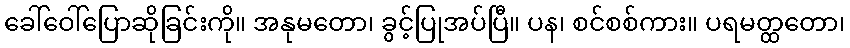
ခေါ်ဝေါ်ပြောဆိုခြင်းကို။ အနုမတော၊ ခွင့်ပြုအပ်ပြီ။ ပန၊ စင်စစ်ကား။ ပရမတ္ထတော၊